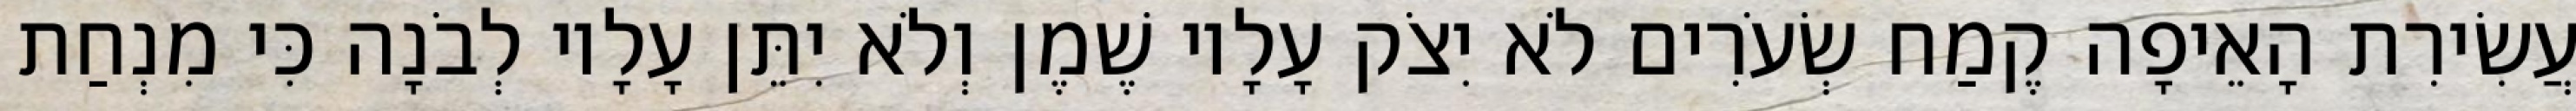
עֲשִׂירִת הָאֵיפָה קֶמַח שְׂעֹרִים לֹא יִצֹק עָלָיו שֶׁמֶן וְלֹא יִתֵּן עָלָיו לְבֹנָה כִּי מִנְחַת